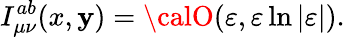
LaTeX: I_{\mu\nu}^{ab}(x,\mathbf{y})={\calO}(\varepsilon,\varepsilon\ln|\varepsilon|).